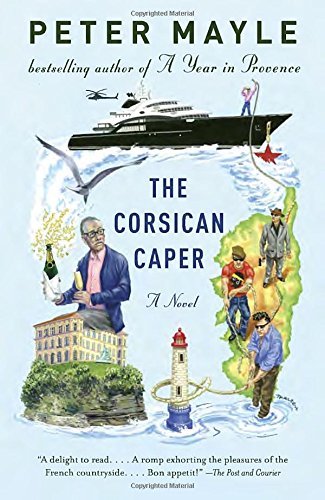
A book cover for The Corsican Caper; Peter Mayle; Mystery, Thriller & Suspense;